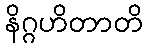
နိဂ္ဂဟိတာတိ